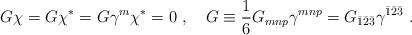
LaTeX: \begin{align*}G \chi = G \chi^* = G \gamma^m \chi^* = 0\ ,\quad G \equiv \frac{1}{6}G_{mnp} \gamma^{mnp} = G_{\bar 1 \bar 2 \bar 3} \gamma^{\bar 1 \bar 2 \bar 3}\ . \end{align*}